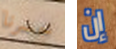
خسرنا إن